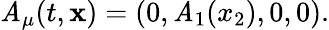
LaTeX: \mathit{A}_{\mu}(t,{\mathbf{x}})=(0,\mathit{A}_{1}(x_{2}),0,0).